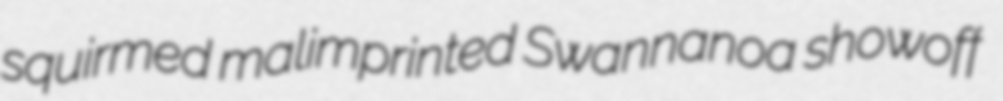
squirmed malimprinted Swannanoa showoff